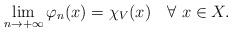
LaTeX: \begin{align*}\lim_{n\rightarrow + \infty} \varphi_n(x) = \chi_V(x) \ \ \ \forall \ x \in X.\end{align*}